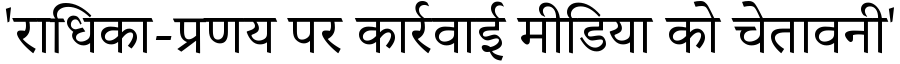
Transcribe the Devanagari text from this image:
'राधिका-प्रणय पर कार्रवाई मीडिया को चेतावनी'